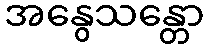
အနွေသန္တော